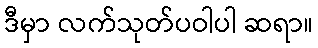
ဒီမှာ လက်သုတ်ပဝါပါ ဆရာ။